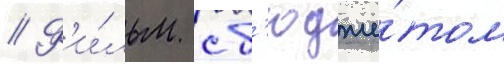
// Ф'и́льм с б'юдже́том